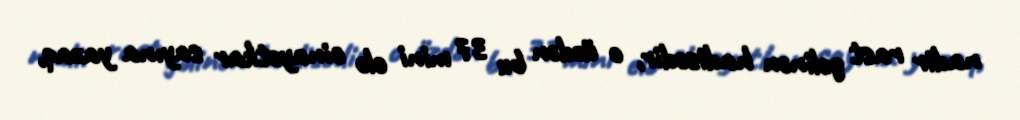
nadir rast gəlinən hadisədir, o üzdən bu 37 mini elə cinayətkar sayına yazaq,